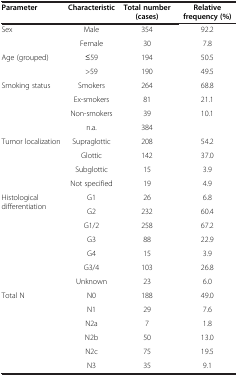
<table><thead><tr><td><b>Parameter</b></td><td><b>Characteristic</b></td><td><b>Total number (cases)</b></td><td><b>Relative frequency (%)</b></td></tr></thead><tbody><tr><td>Sex</td><td>Male</td><td>354</td><td>92.2</td></tr><tr><td> </td><td>Female</td><td>30</td><td>7.8</td></tr><tr><td>Age (grouped)</td><td>≤59</td><td>194</td><td>50.5</td></tr><tr><td> </td><td>&gt;59</td><td>190</td><td>49.5</td></tr><tr><td>Smoking status</td><td>Smokers</td><td>264</td><td>68.8</td></tr><tr><td> </td><td>Ex-smokers</td><td>81</td><td>21.1</td></tr><tr><td> </td><td>Non-smokers</td><td>39</td><td>10.1</td></tr><tr><td> </td><td>n.a.</td><td>384</td><td> </td></tr><tr><td>Tumor localization</td><td>Supraglottic</td><td>208</td><td>54.2</td></tr><tr><td> </td><td>Glottic</td><td>142</td><td>37.0</td></tr><tr><td> </td><td>Subglottic</td><td>15</td><td>3.9</td></tr><tr><td> </td><td>Not specified</td><td>19</td><td>4.9</td></tr><tr><td rowspan="3">Histological differentiation</td><td>G1</td><td>26</td><td>6.8</td></tr><tr><td>G2</td><td>232</td><td>60.4</td></tr><tr><td>G1/2</td><td>258</td><td>67.2</td></tr><tr><td rowspan="3"> </td><td>G3</td><td>88</td><td>22.9</td></tr><tr><td>G4</td><td>15</td><td>3.9</td></tr><tr><td>G3/4</td><td>103</td><td>26.8</td></tr><tr><td> </td><td>Unknown</td><td>23</td><td>6.0</td></tr><tr><td>Total N</td><td>N0</td><td>188</td><td>49.0</td></tr><tr><td> </td><td>N1</td><td>29</td><td>7.6</td></tr><tr><td> </td><td>N2a</td><td>7</td><td>1.8</td></tr><tr><td> </td><td>N2b</td><td>50</td><td>13.0</td></tr><tr><td> </td><td>N2c</td><td>75</td><td>19.5</td></tr><tr><td> </td><td>N3</td><td>35</td><td>9.1</td></tr></tbody></table>